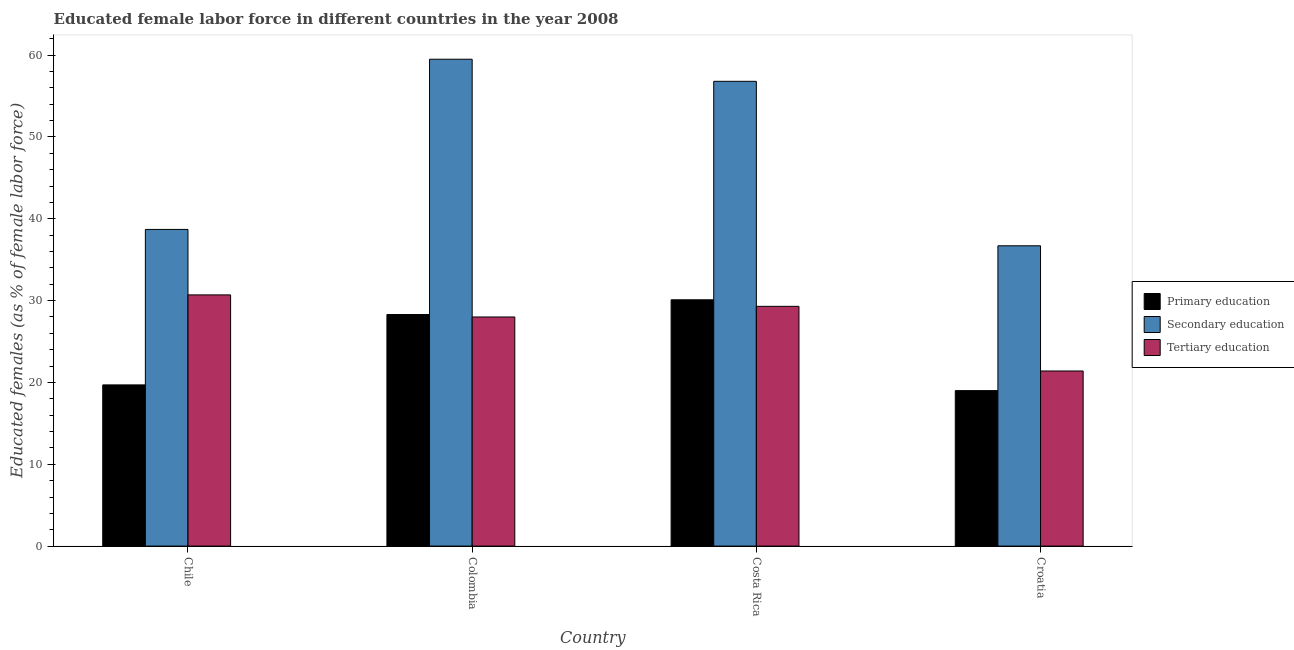
| Country | Primary education | Secondary education | Tertiary education |
 | --- | --- | --- | --- |
 | Chile | 19.7 | 38.7 | 30.7 |
 | Colombia | 28.3 | 59.5 | 28 |
 | Costa Rica | 30.1 | 56.8 | 29.3 |
 | Croatia | 19 | 36.7 | 21.4 |